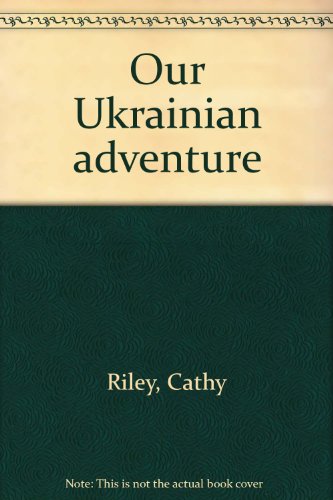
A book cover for Our Ukrainian adventure; Cathy Riley; Travel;